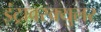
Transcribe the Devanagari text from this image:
इंट्रावस्क्युलर